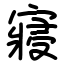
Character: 寢